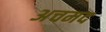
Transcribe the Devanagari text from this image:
अचमद